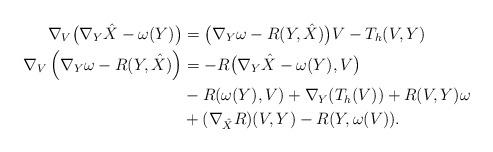
LaTeX: \begin{align*}\nabla_V \big(\nabla_Y \hat X - \omega(Y )\big) &= \big( \nabla_Y \omega - R(Y, \hat X)\big) V- T_h (V, Y)\\\nabla_V \left(\nabla_Y \omega - R(Y, \hat X) \right) &= - R\big(\nabla_Y \hat X - \omega (Y), V\big) \\&-R(\omega(Y), V) + \nabla_Y (T_h(V))+ R(V, Y) \omega \\&+ (\nabla_{\hat X} R) (V, Y)- R(Y, \omega(V)).\end{align*}